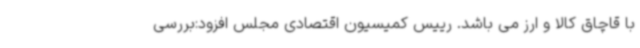
با قاچاق کالا و ارز می باشد. رییس کمیسیون اقتصادی مجلس افزود:بررسی